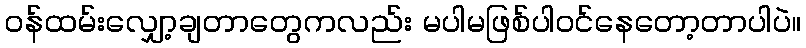
ဝန်ထမ်းလျှော့ချတာတွေကလည်း မပါမဖြစ်ပါဝင်နေတော့တာပါပဲ။